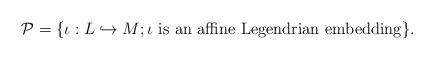
LaTeX: \begin{align*}\mathcal{P} = \{ \iota: L \hookrightarrow M; \iota \mbox{ is an affine Legendrian embedding} \}.\end{align*}